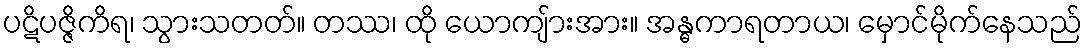
ပဋိပဇ္ဇိကိရ၊ သွားသတတ်။ တဿ၊ ထို ယောကျ်ားအား။ အန္ဓကာရတာယ၊ မှောင်မိုက်နေသည်